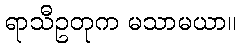
ရာသီဥတုက မသာမယာ။